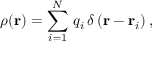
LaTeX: \rho ( \mathbf { r } ) = \sum _ { i = 1 } ^ { N } \, q _ { i } \, \delta \left( \mathbf { r } - \mathbf { r } _ { i } \right) ,